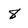
Character: 8